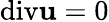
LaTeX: \mathrm{div}\mathbf{u}=0